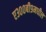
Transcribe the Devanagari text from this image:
ए३००बी९मधील